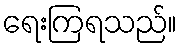
ရေးကြရသည်။